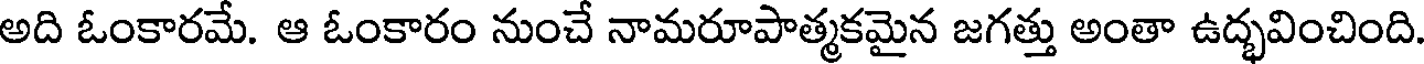
అది ఓంకారమే. ఆ ఓంకారం నుంచే నామరూపాత్మకమైన జగత్తు అంతా ఉద్భవించింది